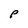
Character: P